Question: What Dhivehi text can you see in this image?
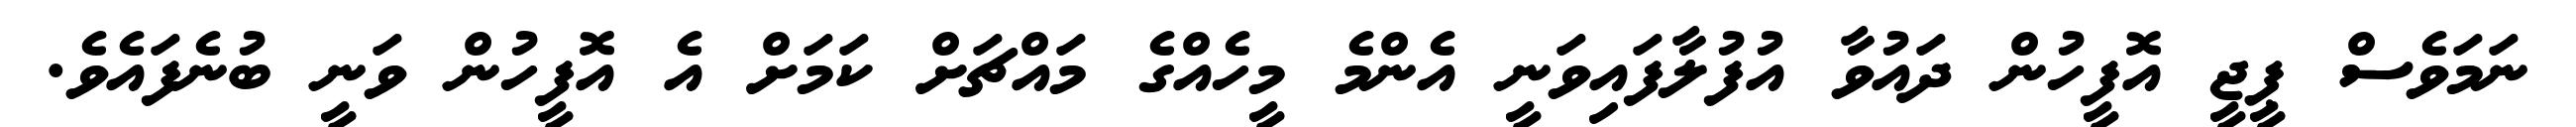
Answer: ނަމަވެސް ޕީޖީ އޮފީހުން ދައުވާ އުފުލާފައިވަނީ އެންމެ މީހެއްގެ މައްޗަށް ކަމަށް އެ އޮފީހުން ވަނީ ބުނެފައެވެ.